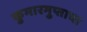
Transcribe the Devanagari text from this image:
कुमारगुप्ताचा